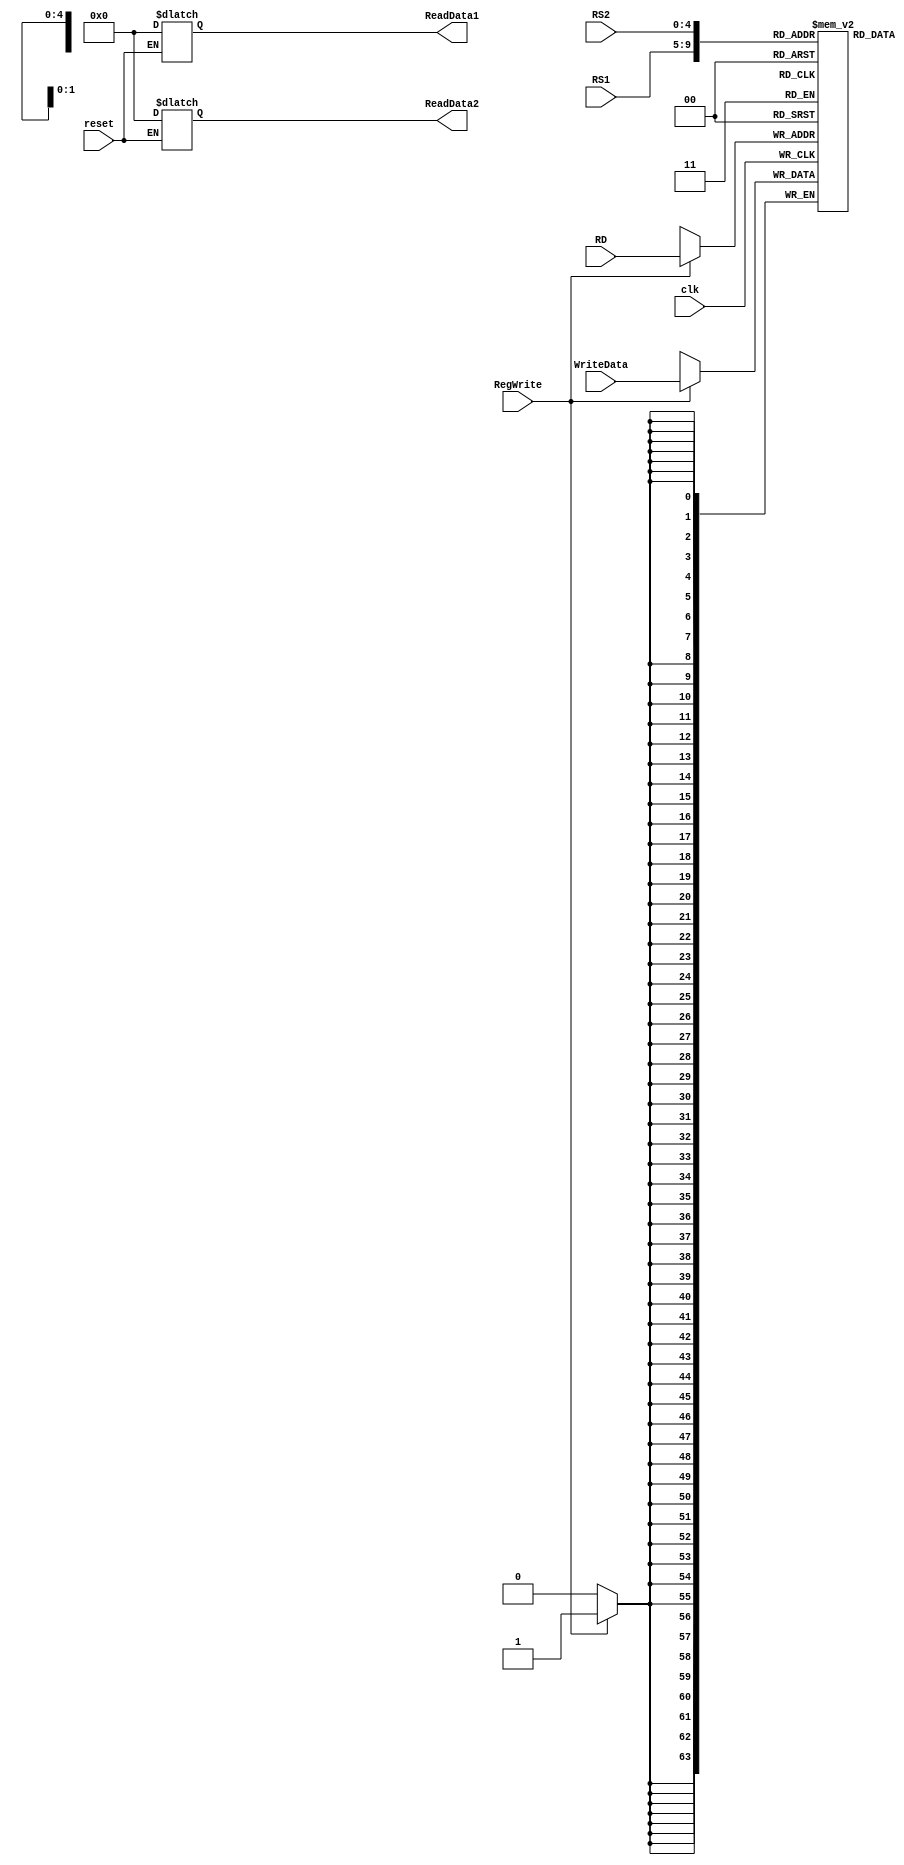
module registerFile
(
	input [63:0] WriteData,
	input [4:0] RS1, RS2, RD,
	input RegWrite, clk, reset,
	output reg [63:0] ReadData1, ReadData2
);

reg [63:0] Registers [31:0];

initial
	begin
		Registers[0] = 64'd31;
		Registers[1] = 64'd65;
		Registers[2] = 64'd73;
		Registers[3] = 64'd88;
		Registers[4] = 64'd1000;
		Registers[5] = 64'd1848732648;
		Registers[6] = 64'd46328765;
		Registers[7] = 64'd32718564965;
		Registers[8] = 64'd1892468172956;
		Registers[9] = 64'd9;
		Registers[10] = 64'd10;
		Registers[11] = 64'd34217856;
		Registers[12] = 64'd872315;
		Registers[13] = 64'd3271856;
		Registers[14] = 64'd128375;
		Registers[15] = 64'd21746534;
		Registers[16] = 64'd010210340124;
		Registers[17] = 64'd12357;
		Registers[18] = 64'd23152;
		Registers[19] = 64'd1253415;
		Registers[20] = 64'd125245;
		Registers[21] = 64'd1;
		Registers[22] = 64'd213541325;
		Registers[23] = 64'd2151435;
		Registers[24] = 64'd125432;
		Registers[25] = 64'd2134235;
		Registers[26] = 64'd2346536;
		Registers[27] = 64'd2153425;
		Registers[28] = 64'd21543;
		Registers[29] = 64'd214235;
		Registers[30] = 64'd21534;
		Registers[31] = 64'd123452;
		
	end


always @ (reset)
	begin
		if (reset)
			begin
				ReadData1 = 64'b0;
				ReadData2 = 64'b0;
			end
	end
	
always @ (RS1 or RS2 or RegWrite)
	begin
		ReadData1 = Registers[RS1];
		ReadData2 = Registers[RS2];
	end


always @(posedge clk)
begin
	if (RegWrite)
		Registers[RD] = WriteData;
end
	

endmodule